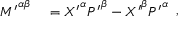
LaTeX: { \begin{array} { r l } { { M ^ { \prime } } ^ { \alpha \beta } } & { { } = { X ^ { \prime } } ^ { \alpha } { P ^ { \prime } } ^ { \beta } - { X ^ { \prime } } ^ { \beta } { P ^ { \prime } } ^ { \alpha } } \end{array} } ,